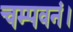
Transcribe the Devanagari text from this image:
चम्पवनं।